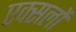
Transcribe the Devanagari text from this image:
एक्सलों